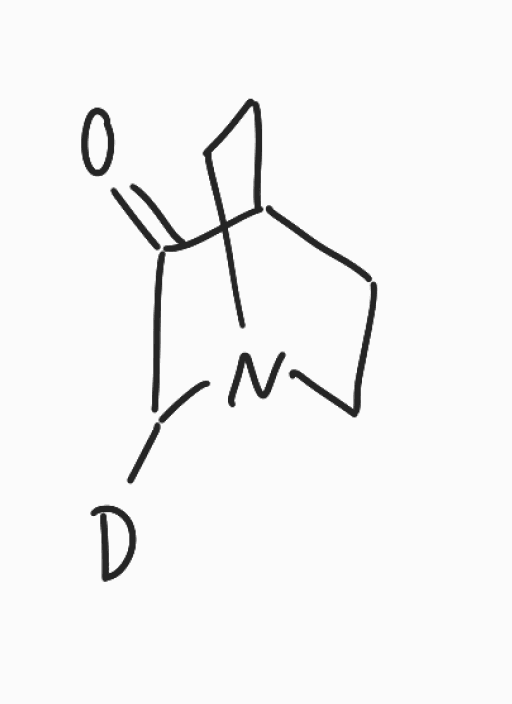
Simplified molecular-input line-entry system (SMILES) notation of the given molecule:
[2H]C1C(=O)C2CCN1CC2